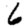
Digit: 6